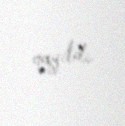
qayıtdı.